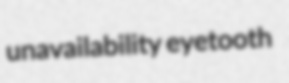
unavailability eyetooth